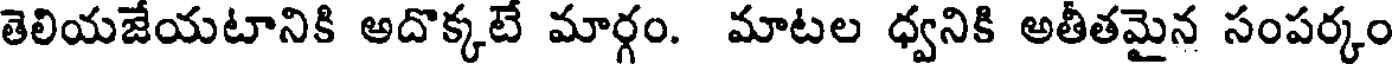
తెలియజేయటానికి అదొక్కటే మార్గం. మాటల ధ్వనికి అతీతమైన సంపర్కం